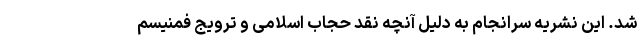
شد. این نشریه سرانجام به دلیل آنچه نقد حجاب اسلامی و ترویج فمنیسم